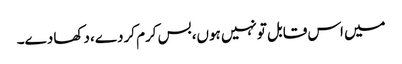
میں اس قابل تونہیں ہوں،بس کرم کردے، دکھا دے۔